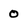
Character: 0